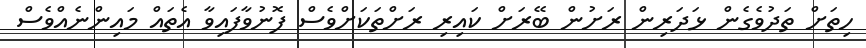
ހިތަށް ތަދުވެގެން ޅަދަރިން ރަށުން ބޭރަށް ކައިރި ރަށްތަކަށްވެސް ފޮނުވާފައިވާ އެތައް މައިންނެއްވެސް